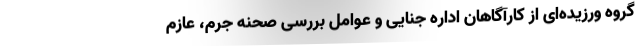
گروه ورزیده‌ای از کارآگاهان اداره جنایی و عوامل بررسی صحنه جرم، عازم